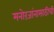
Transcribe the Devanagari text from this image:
मनोरंजांनासाठीची